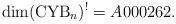
LaTeX: \begin{gather*}\dim ({\rm CYB}_n)^{!} = A000262.\end{gather*}